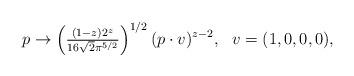
LaTeX: \begin{align*}p \rightarrow \left({\textstyle\frac{(1-z)2^z}{16 \sqrt{2} \pi^{5/2}}}\right)^{1/2} (p\cdot v)^{z-2}, \,\,\,\, v= (1,0,0,0),\end{align*}